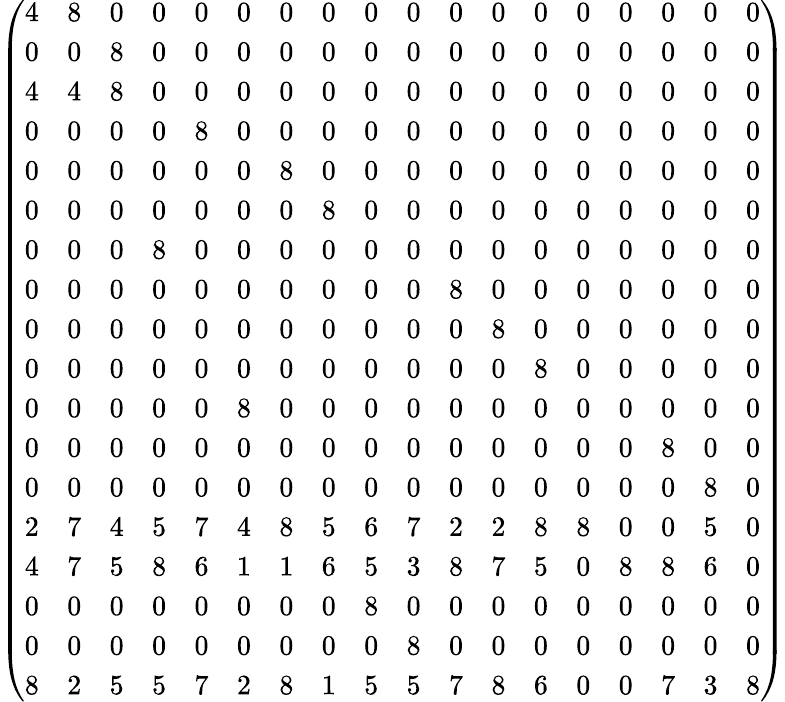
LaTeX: \left({\begin{array}{llllllllllllllllll}{4}&{8}&{0}&{0}&{0}&{0}&{0}&{0}&{0}&{0}&{0}&{0}&{0}&{0}&{0}&{0}&{0}&{0}\\ {0}&{0}&{8}&{0}&{0}&{0}&{0}&{0}&{0}&{0}&{0}&{0}&{0}&{0}&{0}&{0}&{0}&{0}\\ {4}&{4}&{8}&{0}&{0}&{0}&{0}&{0}&{0}&{0}&{0}&{0}&{0}&{0}&{0}&{0}&{0}&{0}\\ {0}&{0}&{0}&{0}&{8}&{0}&{0}&{0}&{0}&{0}&{0}&{0}&{0}&{0}&{0}&{0}&{0}&{0}\\ {0}&{0}&{0}&{0}&{0}&{0}&{8}&{0}&{0}&{0}&{0}&{0}&{0}&{0}&{0}&{0}&{0}&{0}\\ {0}&{0}&{0}&{0}&{0}&{0}&{0}&{8}&{0}&{0}&{0}&{0}&{0}&{0}&{0}&{0}&{0}&{0}\\ {0}&{0}&{0}&{8}&{0}&{0}&{0}&{0}&{0}&{0}&{0}&{0}&{0}&{0}&{0}&{0}&{0}&{0}\\ {0}&{0}&{0}&{0}&{0}&{0}&{0}&{0}&{0}&{0}&{8}&{0}&{0}&{0}&{0}&{0}&{0}&{0}\\ {0}&{0}&{0}&{0}&{0}&{0}&{0}&{0}&{0}&{0}&{0}&{8}&{0}&{0}&{0}&{0}&{0}&{0}\\ {0}&{0}&{0}&{0}&{0}&{0}&{0}&{0}&{0}&{0}&{0}&{0}&{8}&{0}&{0}&{0}&{0}&{0}\\ {0}&{0}&{0}&{0}&{0}&{8}&{0}&{0}&{0}&{0}&{0}&{0}&{0}&{0}&{0}&{0}&{0}&{0}\\ {0}&{0}&{0}&{0}&{0}&{0}&{0}&{0}&{0}&{0}&{0}&{0}&{0}&{0}&{0}&{8}&{0}&{0}\\ {0}&{0}&{0}&{0}&{0}&{0}&{0}&{0}&{0}&{0}&{0}&{0}&{0}&{0}&{0}&{0}&{8}&{0}\\ {2}&{7}&{4}&{5}&{7}&{4}&{8}&{5}&{6}&{7}&{2}&{2}&{8}&{8}&{0}&{0}&{5}&{0}\\ {4}&{7}&{5}&{8}&{6}&{1}&{1}&{6}&{5}&{3}&{8}&{7}&{5}&{0}&{8}&{8}&{6}&{0}\\ {0}&{0}&{0}&{0}&{0}&{0}&{0}&{0}&{8}&{0}&{0}&{0}&{0}&{0}&{0}&{0}&{0}&{0}\\ {0}&{0}&{0}&{0}&{0}&{0}&{0}&{0}&{0}&{8}&{0}&{0}&{0}&{0}&{0}&{0}&{0}&{0}\\ {8}&{2}&{5}&{5}&{7}&{2}&{8}&{1}&{5}&{5}&{7}&{8}&{6}&{0}&{0}&{7}&{3}&{8}\end{array}}\right)